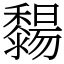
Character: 䵘